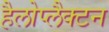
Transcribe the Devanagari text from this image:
हैलोप्लैक्टन